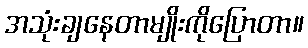
အသုံးချနေတာမျိုးကိုပြောတာ။